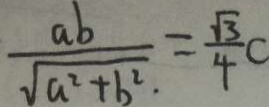
\frac { a b } { \sqrt { a ^ { 2 } + b ^ { 2 } } \cdot } = \frac { \sqrt { 3 } } { 4 } c